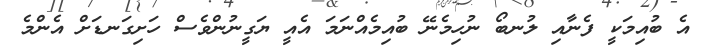
އެ ބުއިމަކީ ފެނާއި ލުނބޯ ނުހިމެނޭ ބުއިމެއްނަމަ އެއީ ޔަގީނުންވެސް ހަށިގަނޑަށް އެންމެ